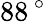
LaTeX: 88\, ^{\circ}